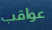
عواقب